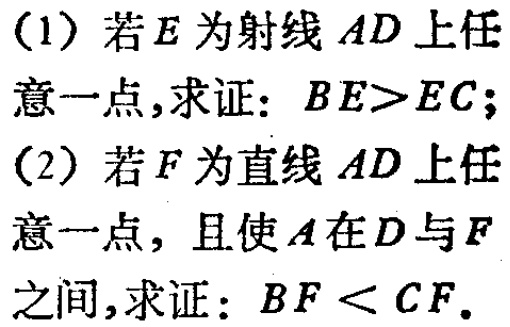
(1) 若\(E\)为射线\(AD\)上任意一点,求证：\(BE > EC\)；
(2) 若\(F\)为直线\(AD\)上任意一点，且使\(A\)在\(D\)与\(F\)之间,求证：\(BF < CF\)。